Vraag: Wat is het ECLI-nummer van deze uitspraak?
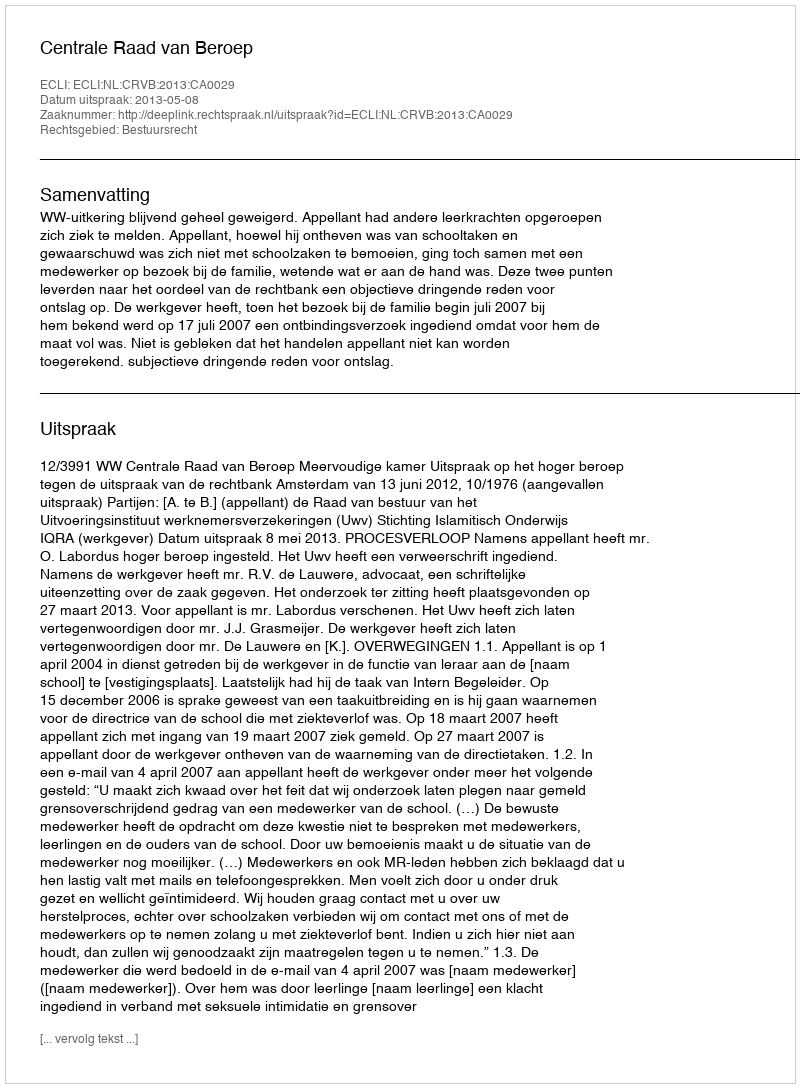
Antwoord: ECLI:NL:CRVB:2013:CA0029